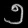
Digit: ၅